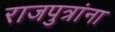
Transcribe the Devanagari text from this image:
राजपुत्रांना